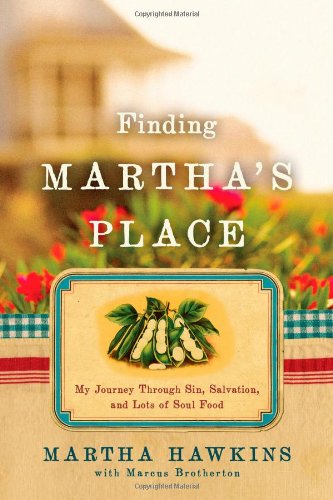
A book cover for Finding Martha's Place: My Journey Through Sin, Salvation, and Lots of Soul Food; Martha Hawkins; Cookbooks, Food & Wine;